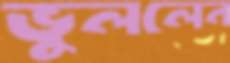
ভুললেন